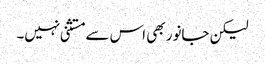
لیکن جانور بھی اس سے مستثنی نہیں۔